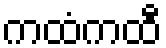
ကထံကထီ